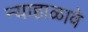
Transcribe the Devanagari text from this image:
न्याहाळावे